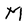
Character: M